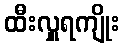
ထီးလှူရကျိုး